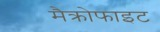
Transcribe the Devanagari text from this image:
मैक्रोफाइट